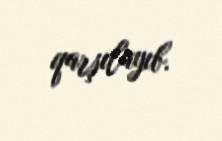
qarşılayıb.